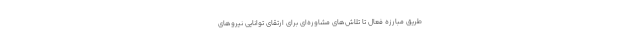
طریق مبارزه فعال تا تلاش‌های مشاوره‌ای برای ارتقای توانایی نیروهای